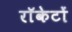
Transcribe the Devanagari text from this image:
राॅकेटों